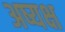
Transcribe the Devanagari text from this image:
अष्यक्ष